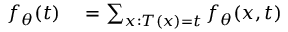
\begin{array} { r l } { f _ { \theta } ( t ) } & { { } = \sum _ { x : T ( x ) = t } f _ { \theta } ( x , t ) } \end{array}